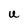
Character: U